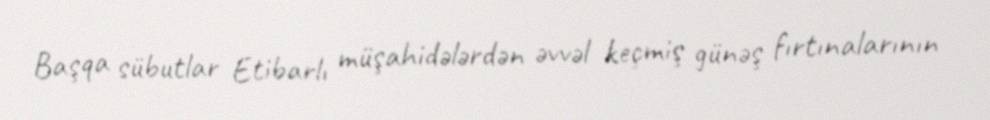
Başqa sübutlar Etibarlı müşahidələrdən əvvəl keçmiş günəş fırtınalarının